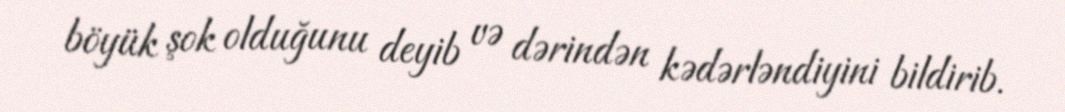
böyük şok olduğunu deyib və dərindən kədərləndiyini bildirib.